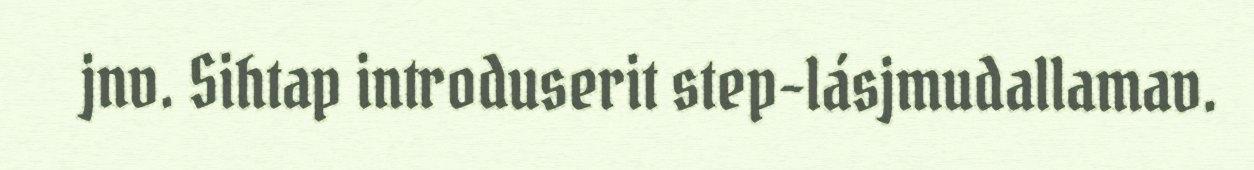
jnv. Sihtap introduserit step-lásjmudallamav.